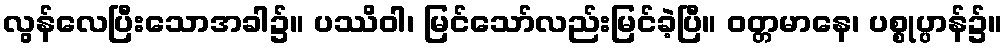
လွန်လေပြီးသောအခါ၌။ ပဿိဝါ၊ မြင်သော်လည်းမြင်ခဲ့ပြီ။ ဝတ္တမာနေ၊ ပစ္စုပ္ပာန်၌။